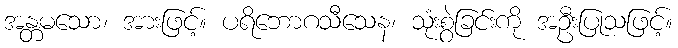
အန္တမသော၊ အားဖြင့်။ ပရိဘောဂသီသေန၊ သုံးစွဲခြင်းကို အဦးပြုသဖြင့်။